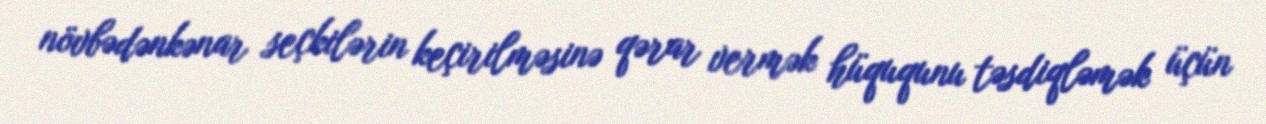
növbədənkənar seçkilərin keçirilməsinə qərar vermək hüququnu təsdiqləmək üçün